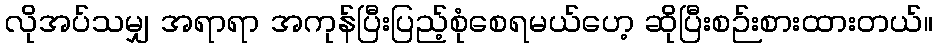
လိုအပ်သမျှ အရာရာ အကုန်ပြီးပြည့်စုံစေရမယ်ဟေ့ ဆိုပြီးစဉ်းစားထားတယ်။